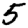
Digit: 5